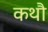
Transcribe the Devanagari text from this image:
कथौ